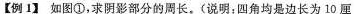
【例1】如图①，求阴影部分的周长。(说明：四角均是边长为10